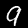
Digit: 9